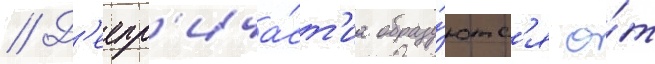
// Д'еепр'ича́ст'иа образу́ютс'я о́т